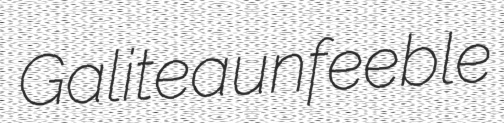
Galitea unfeeble